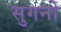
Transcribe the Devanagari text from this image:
सुगनो